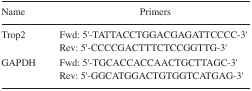
<table><thead><tr><td><b>Name</b></td><td><b>Primers</b></td></tr></thead><tbody><tr><td rowspan="2">Trop2</td><td>Fwd: 5′-TATTACCTGGACGAGATTCCCC-3′</td></tr><tr><td>Rev: 5′-CCCCGACTTTCTCCGGTTG-3′</td></tr><tr><td rowspan="2">GAPDH</td><td>Fwd: 5′-TGCACCACCAACTGCTTAGC-3′</td></tr><tr><td>Rev: 5′-GGCATGGACTGTGGTCATGAG-3′</td></tr></tbody></table>